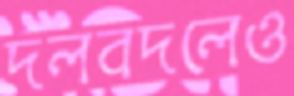
দলবদলেও